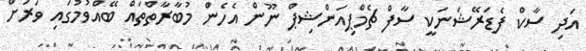
އަދި ސާކް ފެޑަރޭޝަނަކީ ސާފް ޗެމްޕިއަންޝިޕް ނޫން އެހެން މުބާރާތްތައް ބޭއްވުމުގައި ވަރަށް